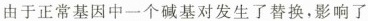
由于正常基因中一个碱基对发生了替换，影响了